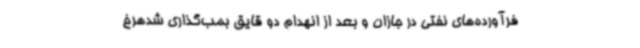
فرآورده‌های نفتی در جازان و بعد از انهدام دو قایق بمب‌گذاری شدهرخ